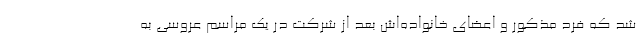
شد که فرد مذکور و اعضای خانواده‌اش بعد از شرکت در یک مراسم عروسی به